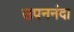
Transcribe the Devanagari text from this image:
उपननंदा